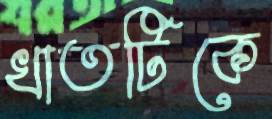
খাতটিকে